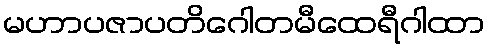
မဟာပဇာပတိဂေါတမီထေရီဂါထာ